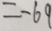
= - 6 9